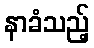
နာခံသည့်